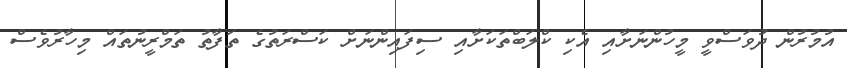
އުމުރުން ދުވަސްވީ މީހުންނަށާއި އެކި ކްލަބްތަކަށާއި ސިފައިންނަށް ކަސްރަތުގެ ތަފާތު ތަމްރީނުތައް މިހާރުވެސް